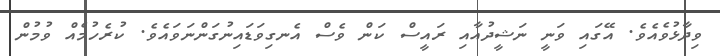
ވިދާޅުވެއެވެ. އޭގައި ވަނީ ނަޝީދުއާއި ރައީސް ކަން ވެސް އެނގިވަޑައިނުގަންނަވައެވެ. ކުރެހުމެއް ވުމުން